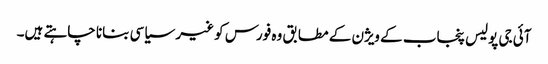
آئی جی پولیس پنجاب کے ویژن کے مطابق وہ فورس کو غیر سیاسی بنانا چاہتے ہیں۔